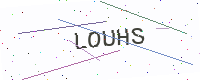
Text: LOUHS